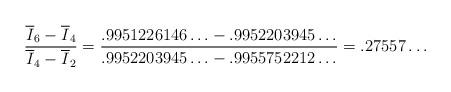
LaTeX: \begin{align*}\frac{\overline{I}_6-\overline{I}_4}{\overline{I}_4-\overline{I}_2}={\frac{{.9951226146\ldots -.9952203945\ldots }}{{.9952203945\ldots-.9955752212\ldots }}}=.27557\ldots\end{align*}